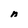
Character: n